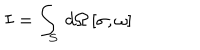
I = \int _ { S } \, d \Omega \, [ \sigma , \omega ]